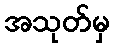
အသုတ်မှ